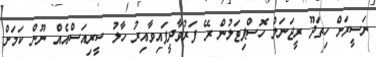
ނަސީރަށް ހިތަދޫ ރީޖަނަލް ހޮސްޕިޓަލުން ރޭ ފަރުވާދީފައިވާއިރު ހާލު ސީރިއަސްއެއް ނޫން ކަމަށް